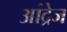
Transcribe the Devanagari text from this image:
आंद्रेज